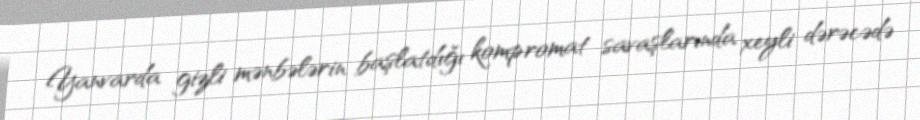
Yanvarda gizli mənbələrin başlatdığı kompromat savaşlarında xeyli dərəcədə